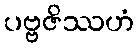
ပဗ္ဗဇိဿဟံ